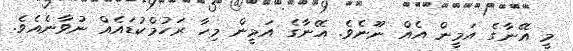
މީ އޭނާގެ އަމީން އެއް ނޫނެވެ. އޭނާގެ އަމީން މިހާ ރަހުމްކުޑައެއް ނުވާނެއެވެ.